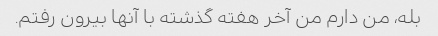
بله، من دارم من آخر هفته گذشته با آنها بیرون رفتم.